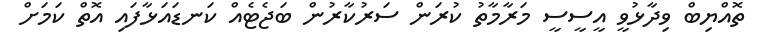
ތޮއްޔިބް ވިދާޅުވީ އީސީސީ މަރާމާތު ކުރަން ސަރުކާރުން ބަޖެޓެއް ކަނޑައަޅާފައި އޮތް ކަމަށް